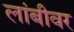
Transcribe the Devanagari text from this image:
लांबीवर